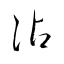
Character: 沾